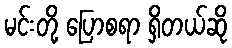
မင်းတို့ ပြောစရာ ရှိတယ်ဆို